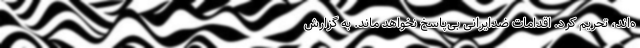
ه‌اند، تحریم کرد. اقدامات ضدایرانی بی‌پاسخ نخواهد ماند. به گزارش